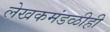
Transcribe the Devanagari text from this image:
लेखकमंडळीही